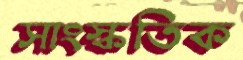
সাংস্কতিক